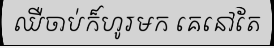
ឈឺចាប់ក៏ហូរមក គេនៅតែ